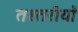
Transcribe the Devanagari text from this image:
तश्तरीयाँ